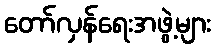
တော်လှန်ရေးအဖွဲ့များ